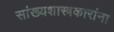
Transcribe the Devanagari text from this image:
सांख्यशास्त्रकारांना